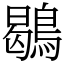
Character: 鶡